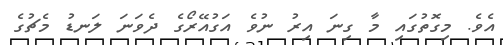
އެވެ. މިގޮތުގައި މާ ގިނަ އިރު ނުވެ އަގުއޭރޯގެ ދެވަނަ ލަނޑު މެޗުގެ